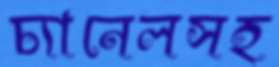
চ্যানেলসহ